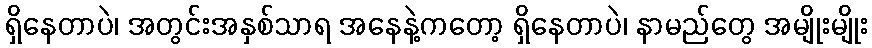
ရှိနေတာပဲ၊ အတွင်းအနှစ်သာရ အနေနဲ့ကတော့ ရှိနေတာပဲ၊ နာမည်တွေ အမျိုးမျိုး